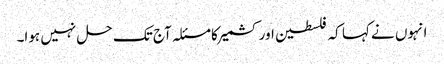
انہوں نے کہا کہ فلسطین اور کشمیر کا مسئلہ آج تک حل نہیں ہوا۔